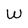
Character: W